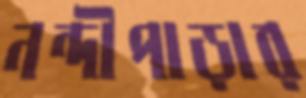
নন্দীপাড়ার